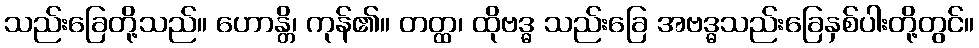
သည်းခြေတို့သည်။ ဟောန္တိ၊ ကုန်၏။ တတ္ထ၊ ထိုဗဒ္ဓ သည်းခြေ အဗဒ္ဓသည်းခြေနှစ်ပါးတို့တွင်။